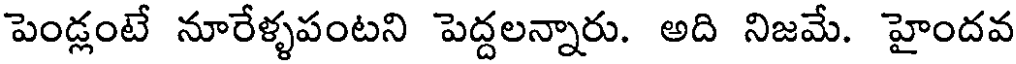
పెండ్లంటే నూరేళ్ళపంటని పెద్దలన్నారు. అది నిజమే. హైందవ